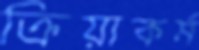
ক্রিয়াকর্ম